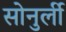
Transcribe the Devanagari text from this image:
सोनुर्ली